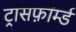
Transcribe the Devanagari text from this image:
ट्रांसफ़ॉर्म्ड